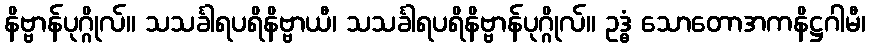
နိဗ္ဗာန်ပုဂ္ဂိုလ်။ သသင်္ခါရပရိနိဗ္ဗာယီ၊ သသင်္ခါရပရိနိဗ္ဗာန်ပုဂ္ဂိုလ်။ ဥဒ္ဓံ သောတောအကနိဋ္ဌဂါမီ၊